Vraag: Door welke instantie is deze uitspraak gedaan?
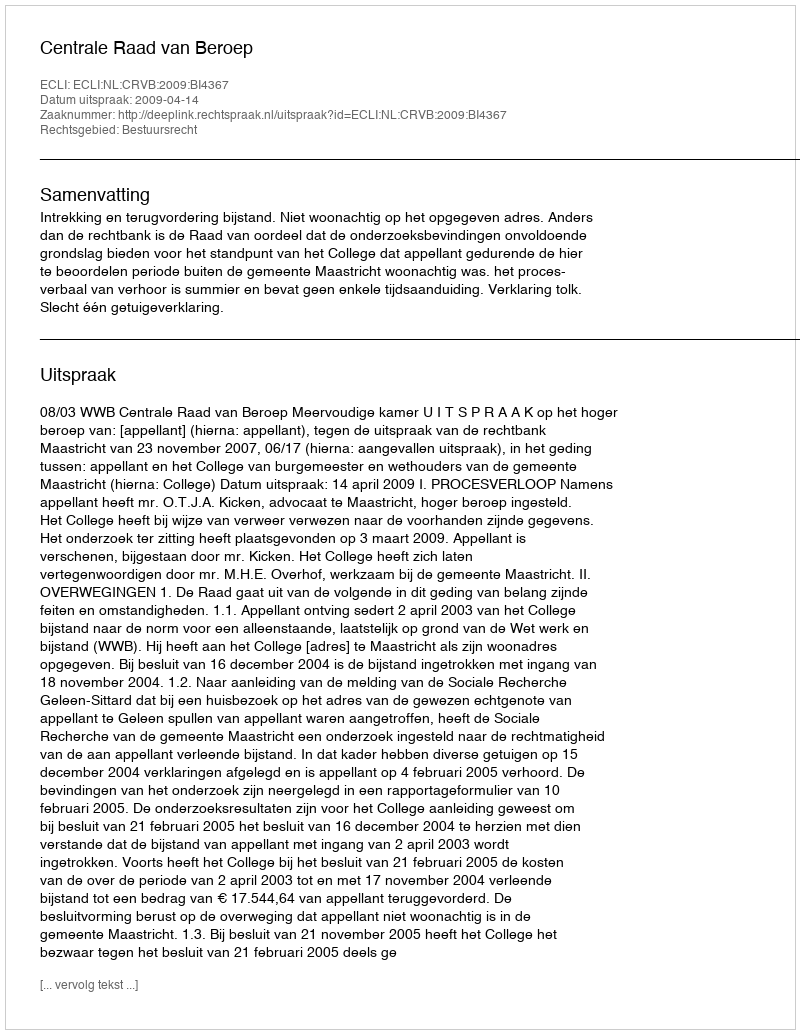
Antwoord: Centrale Raad van Beroep